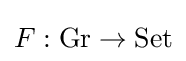
F:\mathrm {Gr} \to \mathrm {Set}